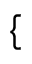
\{